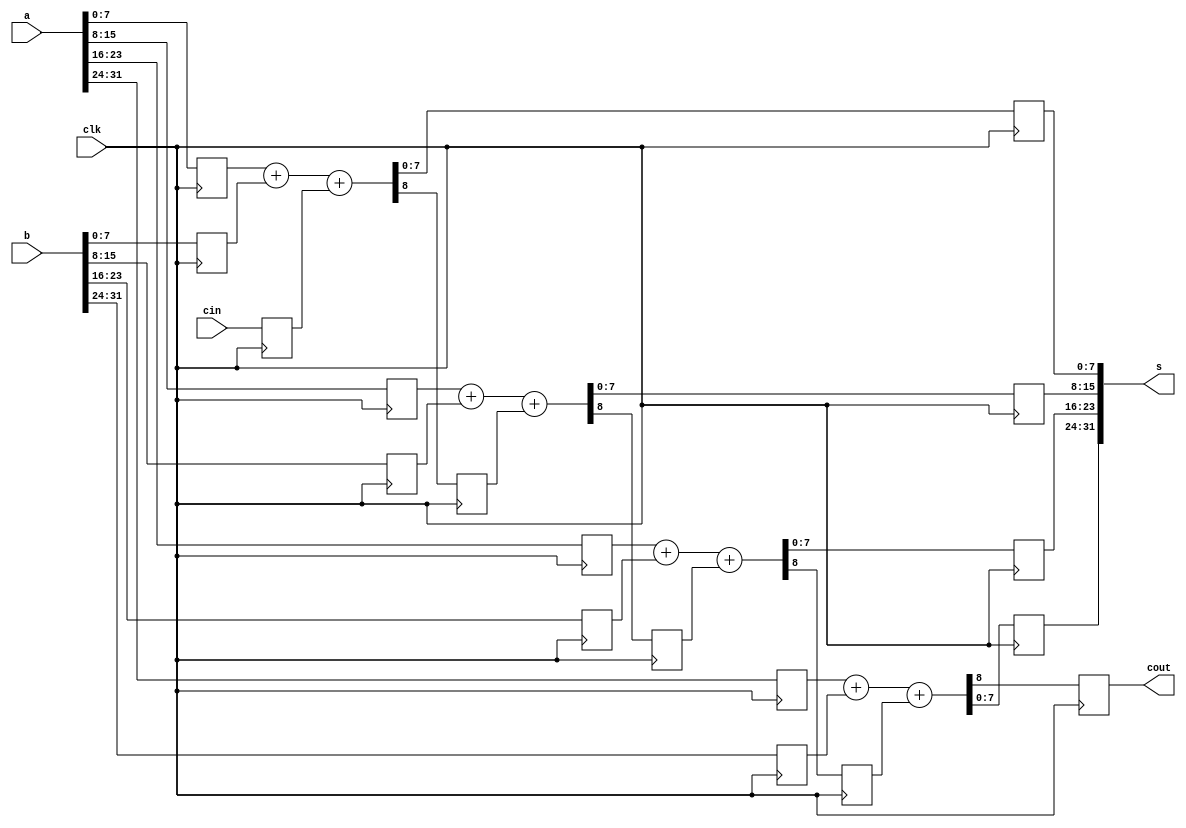
module fa32bit(s, cout, a, b, cin, clk);
		input [31:0] a,b;
		input cin, clk;
		output reg cout;
		output [31:0] s;


		reg [7:0] a1, a2, a3, a4;
		reg [7:0] b1, b2, b3, b4;
		reg [7:0] s1, s2, s3, s4;
		reg ci, c1, c2, c3, c4;



		always @ (posedge clk)
		        begin
		                a1 <= a[7:0];
		                a2 <= a[15:8];
		                a3 <= a[23:16];
		                a4 <= a[31:24];


		                b1 <= b[7:0];
		                b2 <= b[15:8];
		                b3 <= b[23:16];
		                b4 <= b[31:24];
		                ci <= cin;
		        end
		        
		        
		always @ (posedge clk)
		        begin
		          	{c1, s1} <= a1 + b1 + ci;
		        end
		        
		        
		always @ (posedge clk)
		        begin
		          	{c2, s2} <= a2 + b2 + c1;
		        end


		always @ (posedge clk)
		        begin
			 	{c3, s3} <= a3 + b3 + c2;
		        end
		        
		always @ (posedge clk)
		        begin
		          	{cout,s4} <= a4 + b4 + c3;
		        end


			assign s={s4[7:0], s3[7:0], s2[7:0], s1[7:0]};

	endmodule